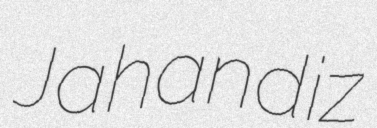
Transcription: Jahandiz